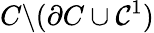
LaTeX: C\backslash(\partial C\cup\mathcal{C}^{1})